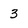
Character: 3